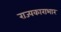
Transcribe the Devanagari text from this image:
राज्यकाराभार